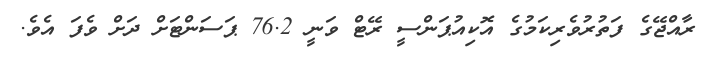
ރާއްޖޭގެ ފަތުރުވެރިކަމުގެ އޮކިއުޕަންސީ ރޭޓް ވަނީ 76.2 ޕަސަންޓަށް ދަށް ވެފަ އެވެ.